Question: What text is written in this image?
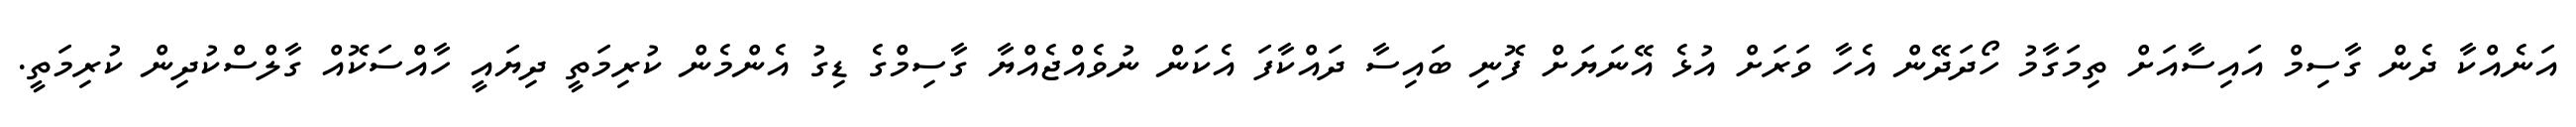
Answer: އަނެއްކާ ދެން ގާސިމް އައިސާއަށް ތިމަގާމު ހޯދަދޭން އެހާ ވަރަށް އުޅެ އޭނަޔަށް ފޮނި ބައިސާ ދައްކާފަ އެކަން ނުވެއްޖެއްޔާ ގާސިމްގެ ޑިގު އެންމެން ކުރިމަތީ ދިޔައީ ހާއްސަކޮއް ގާލްސްކުދިން ކުރިމަތީ.